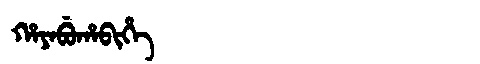
Manchu: ᡥᠠᠶᠠᠪᡠᡥᠠᠪᡳᡥᡝ
Romanization: HAYABUHABIHE